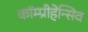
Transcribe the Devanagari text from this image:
कॉम्प्रीहेन्सिव